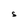
Character: S